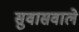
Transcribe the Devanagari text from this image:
सुवासवाले